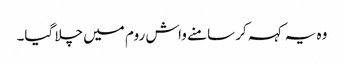
وہ یہ کہہ کر سامنے واش روم میں چلا گیا۔